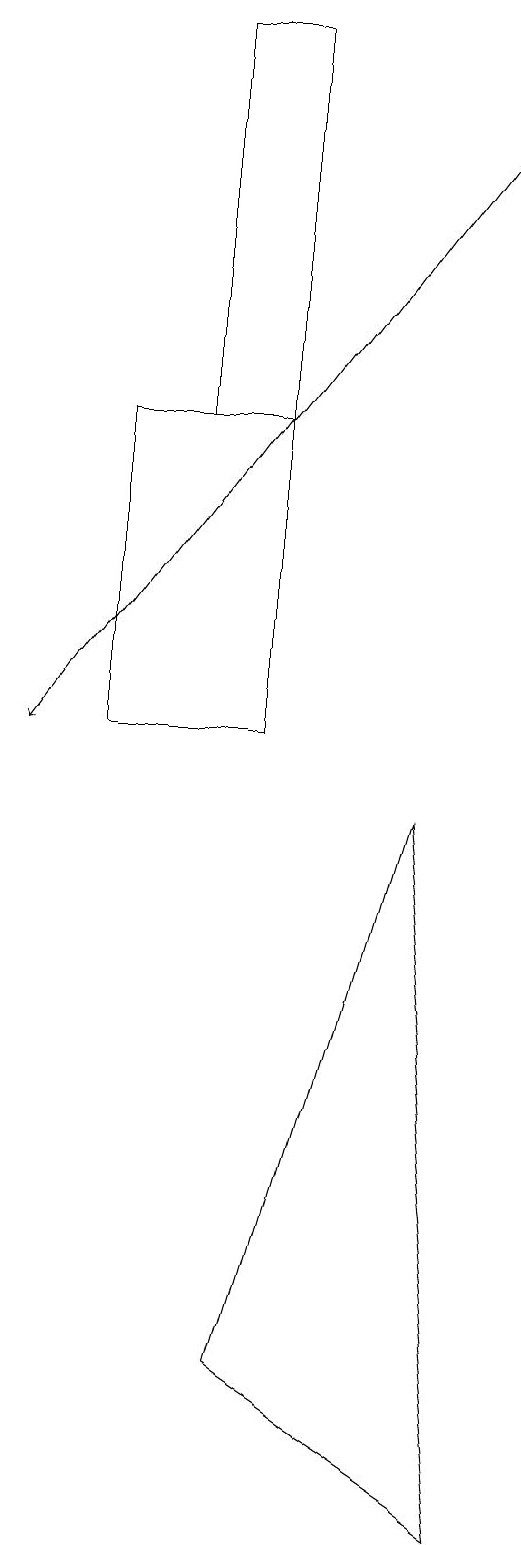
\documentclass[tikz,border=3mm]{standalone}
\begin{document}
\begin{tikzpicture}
\draw[->] (7,18) -- (1,10);
\draw (7,0) -- (4,2) -- (6,9) -- cycle;
\draw (3,19) rectangle (4,14);
\draw (2,14) rectangle (4,10);
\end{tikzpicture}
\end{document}